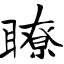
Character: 瞭